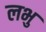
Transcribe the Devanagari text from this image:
लभु